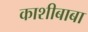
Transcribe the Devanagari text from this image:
काशीबाबा